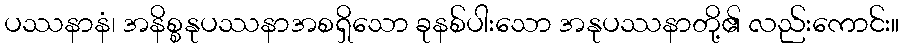
ပဿနာနံ၊ အနိစ္စနုပဿနာအစရှိသော ခုနစ်ပါးသော အနုပဿနာတို့၏ လည်းကောင်း။